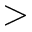
>